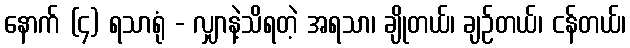
နောက် (၄) ရသာရုံ - လျှာနဲ့သိရတဲ့ အရသာ၊ ချိုတယ်၊ ချဉ်တယ်၊ ငန်တယ်၊